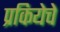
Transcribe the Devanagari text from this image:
प्रकियेचे